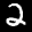
Label: 2